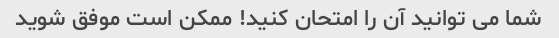
شما می توانید آن را امتحان کنید! ممکن است موفق شوید